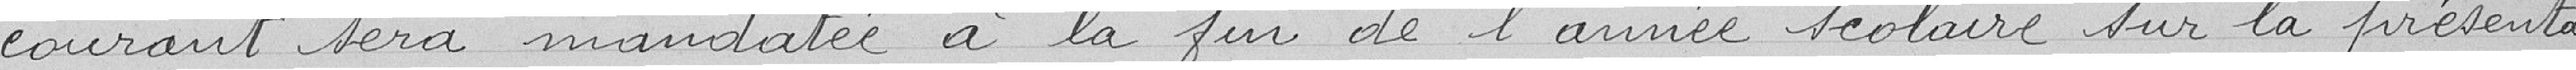
courant sera mandatée à la fin de l'année scolaire sur la présenta-